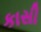
કાસી